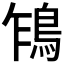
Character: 𩿞